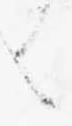
く